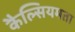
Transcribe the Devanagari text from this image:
कैल्सियमता